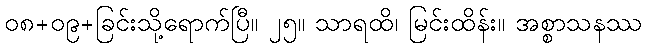
၀၈+၀၉+ခြင်းသို့ရောက်ပြီ။ ၂၅။ သာရထိ၊ မြင်းထိန်း။ အစ္စာသနဿ